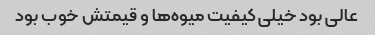
عالی بود خیلی کیفیت میوه‌ها و قیمتش خوب بود